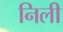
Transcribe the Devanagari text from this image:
निली